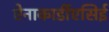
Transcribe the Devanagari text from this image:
ऐनाकार्डीएसिई